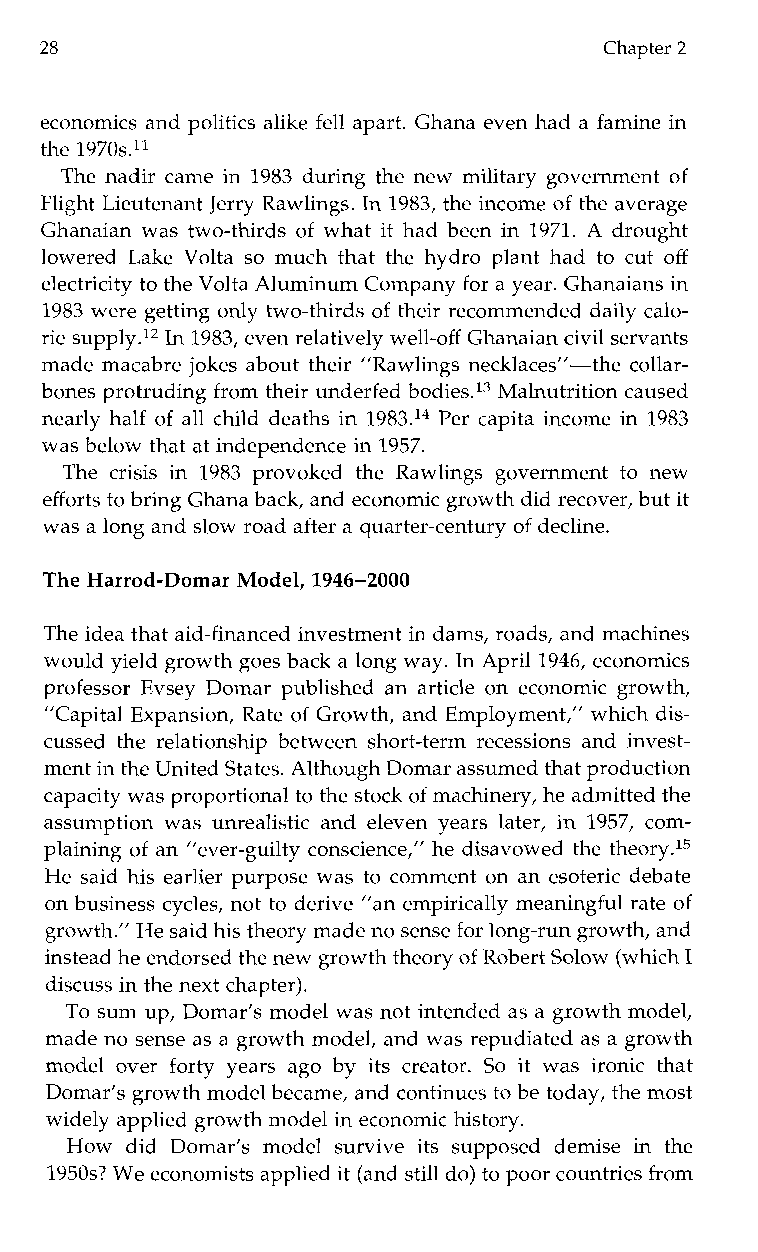
28                                   Chapter 2
 economics and politics alike fell apart. Ghana even had a famine in
 the 197Os.l1
 The nadir came in 1983 during the new military government of
 Flight Lieutenant Jerry Rawlings. In1 983, the income of the average
 Ghanaian was two-thirds of what it had been in 1971. A drought
 lowered Lake Volta so much that the hydro plant had to cut off
 electricity to the Volta Aluminum Company for a year. Ghanaians in
 1983 were getting only two-thirds of their recommended daily calo-
 rie supply.12 In 1983, even relatively well-off Ghanaian civil servants
 made macabre jokes about their ”Rawlings necklaces’’-the collar-
 bones protruding from their underfed bodies.13 Malnutrition caused
 nearly half of all child deaths in 1983.14 Per capita income in 1983
 was below that at independencei n 1957.
 The crisis in 1983 provokedt he Rawlings governmentt on ew
 efforts to bring Ghanab ack, and economic growth did recover, but it
 was a long and slow road after a quarter-centuorfy decline.
 The Harrod-Domar Model, 1946-2000
 The idea that aid-financed investment in dams, roads, and machines
 would yield growth goes back a long way. In April 1946, economics
 professor Evsey Domar published an article on economic growth,
 ”Capital Expansion, Rate of Growth, and Employment,” which dis-
 cussed the relationship between short-term recessions and invest-
 ment in theU nited States. Although Domar assumed that production
 capacity was proportional to thes tock of machinery, he admitted the
 assumption was unrealistic and eleven years later, in 1957,c om-
 plaining of an ”ever-guilty conscience,” he disavowed the theory.15
 He said his earlier purpose was to comment on an esoteric debate
 on business cycles, not to derive ”an empirically meaningful rate of
 growth.” He said his theory made no sefnosre l ong-run growth, and
 instead he endorsed the new growth theoorfy Robert Solow (which I
 discuss in then ext chapter).
 To sum up, Domar’s model was not intended as a growth model,
 made no sense as a growth model, and was repudiated as a growth
 model over fortyy earsa gob yi tsc reator. So it was ironic that
 Domar’s growth model became, and continues to be today, the most
 widely applied growth model inec onomic history.
 Howd id Domar’s models urvivei tss upposedd emise in the
 1950s? We economists applied it (ands till do) to poor countriesf rom